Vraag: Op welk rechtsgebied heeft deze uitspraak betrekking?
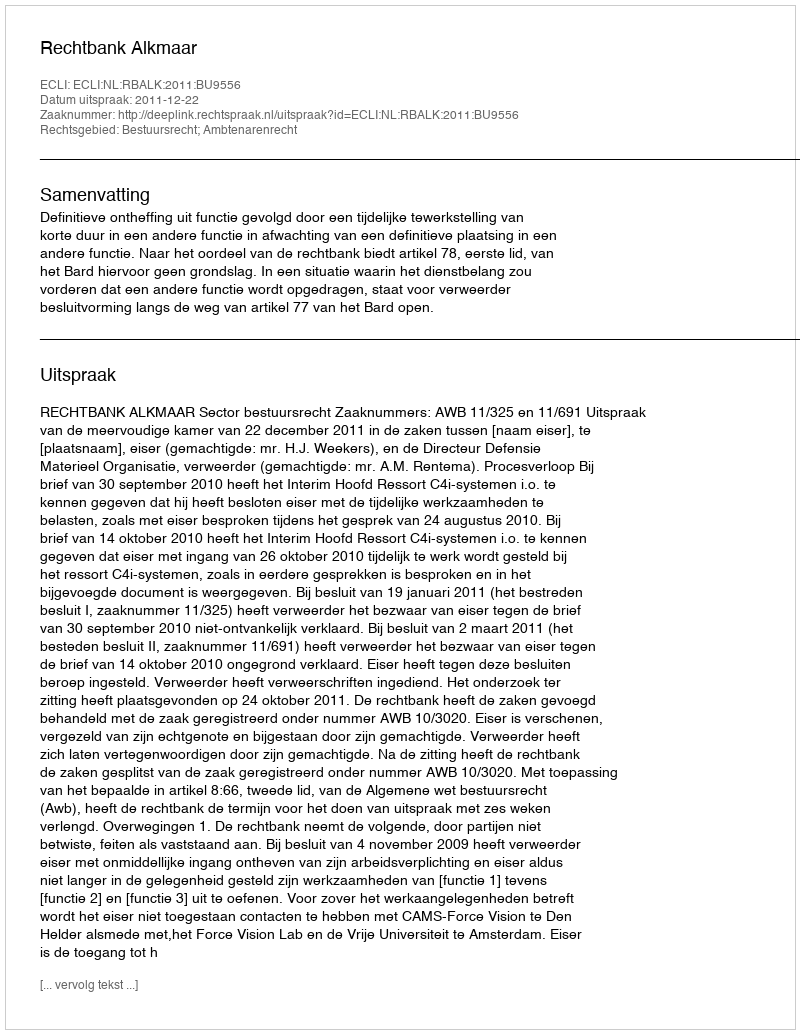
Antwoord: Bestuursrecht; Ambtenarenrecht